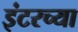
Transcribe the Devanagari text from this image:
इंटरच्या